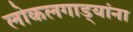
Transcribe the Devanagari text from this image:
लोकलगाड्यांना